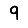
Digit: 9